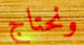
ونحتاج